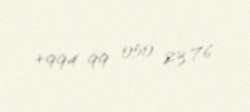
+994 99 050 23 76